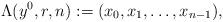
LaTeX: \begin{align*}\Lambda(y^0,r,n):=(x_0,x_1,\ldots,x_{n-1}),\end{align*}